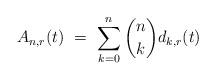
LaTeX: \begin{align*} A_{n,r}(t) \ = \ \sum_{k=0}^n {n \choose k} d_{k,r}(t)\end{align*}